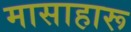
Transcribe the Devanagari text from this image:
मासाहारू